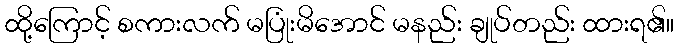
ထို့ကြောင့် စကားလက် မပြုံးမိအောင် မနည်း ချုပ်တည်း ထားရ၏။